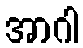
အာဂါ